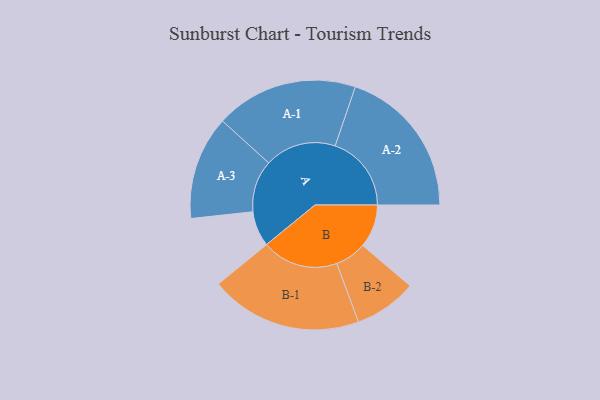
{"axis": {"x": "Segment", "y": "Value"}, "legend": ["", "A", "B"], "data": [{"x": "A", "y": 122, "type": ""}, {"x": "B", "y": 149, "type": ""}, {"x": "A-1", "y": 246, "type": "A"}, {"x": "A-2", "y": 263, "type": "A"}, {"x": "A-3", "y": 179, "type": "A"}, {"x": "B-1", "y": 263, "type": "B"}, {"x": "B-2", "y": 108, "type": "B"}]}